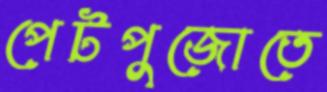
পেটপুজোতে